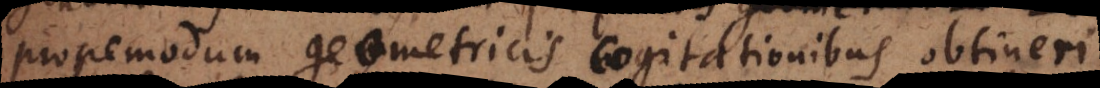
propemodum geometricis cogitationibus obtineri